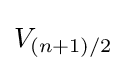
V_{(n+1)/2}